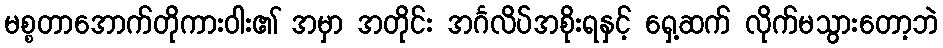
မစ္စတာအောက်တိုကားဝါး၏ အမှာ အတိုင်း အင်္ဂလိပ်အစိုးရနှင့် ရှေ့ဆက် လိုက်မသွားတော့ဘဲ